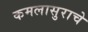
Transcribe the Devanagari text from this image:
कमलासुराचे